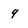
Character: 9